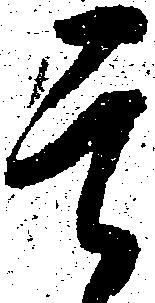
其